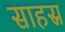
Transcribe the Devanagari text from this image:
साहस्र